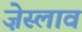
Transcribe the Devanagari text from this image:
ज़ेस्लाव